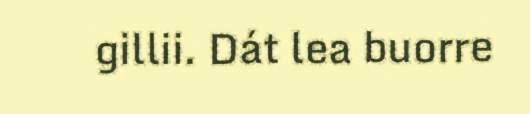
gillii. Dát lea buorre